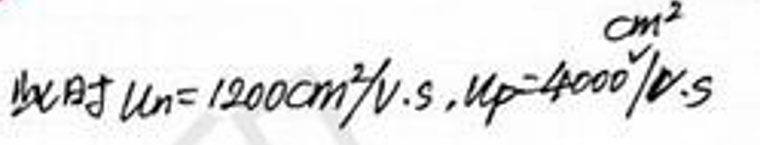
此时\(v_{A}=1200cm^{3}/s\)，\(v_{B}=4000cm^{3}/s\)